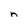
Character: n